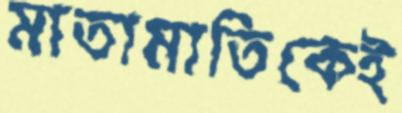
মাতামাতিকেই